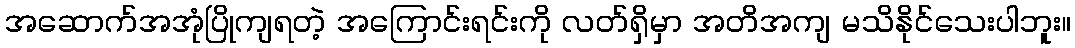
အဆောက်အအုံပြိုကျရတဲ့ အကြောင်းရင်းကို လတ်ရှိမှာ အတိအကျ မသိနိုင်သေးပါဘူး။